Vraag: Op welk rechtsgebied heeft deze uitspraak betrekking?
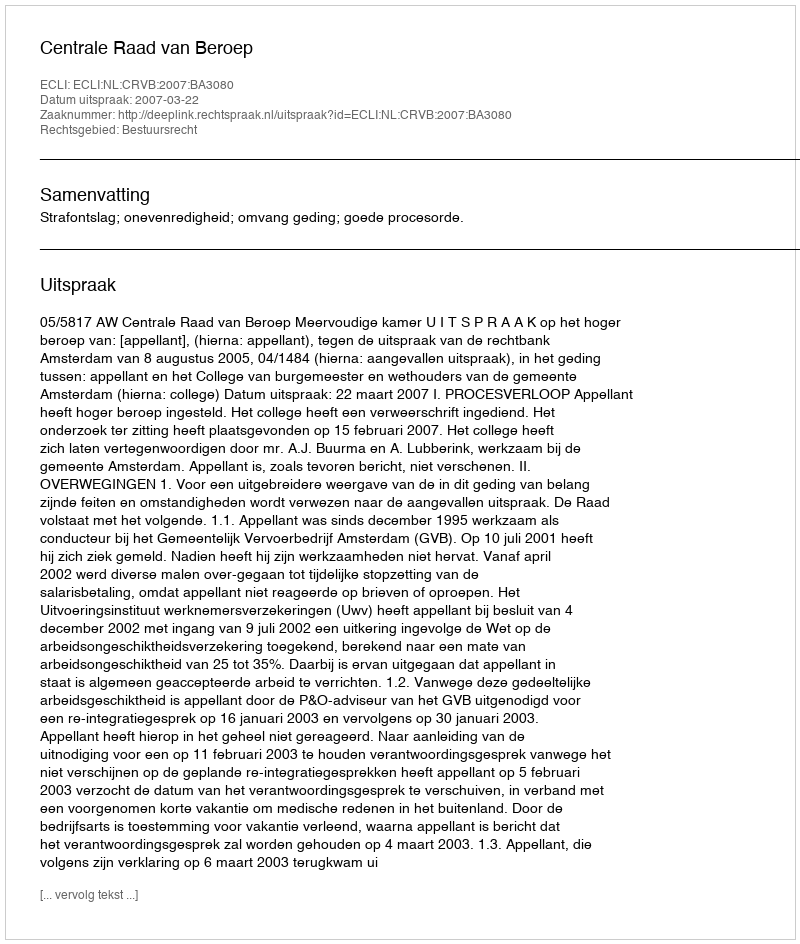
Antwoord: Bestuursrecht